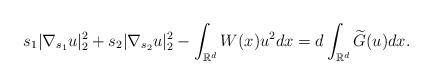
LaTeX: \begin{align*}s_1|\nabla_{s_1}u|_{2}^{2}+s_2|\nabla_{s_2}u|_{2}^{2}-\displaystyle\int_{\mathbb{R}^{d}}W(x)u^2dx=d\int_{\mathbb{R}^{d}}\widetilde{G}(u)dx.\end{align*}